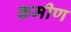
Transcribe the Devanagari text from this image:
कमीण